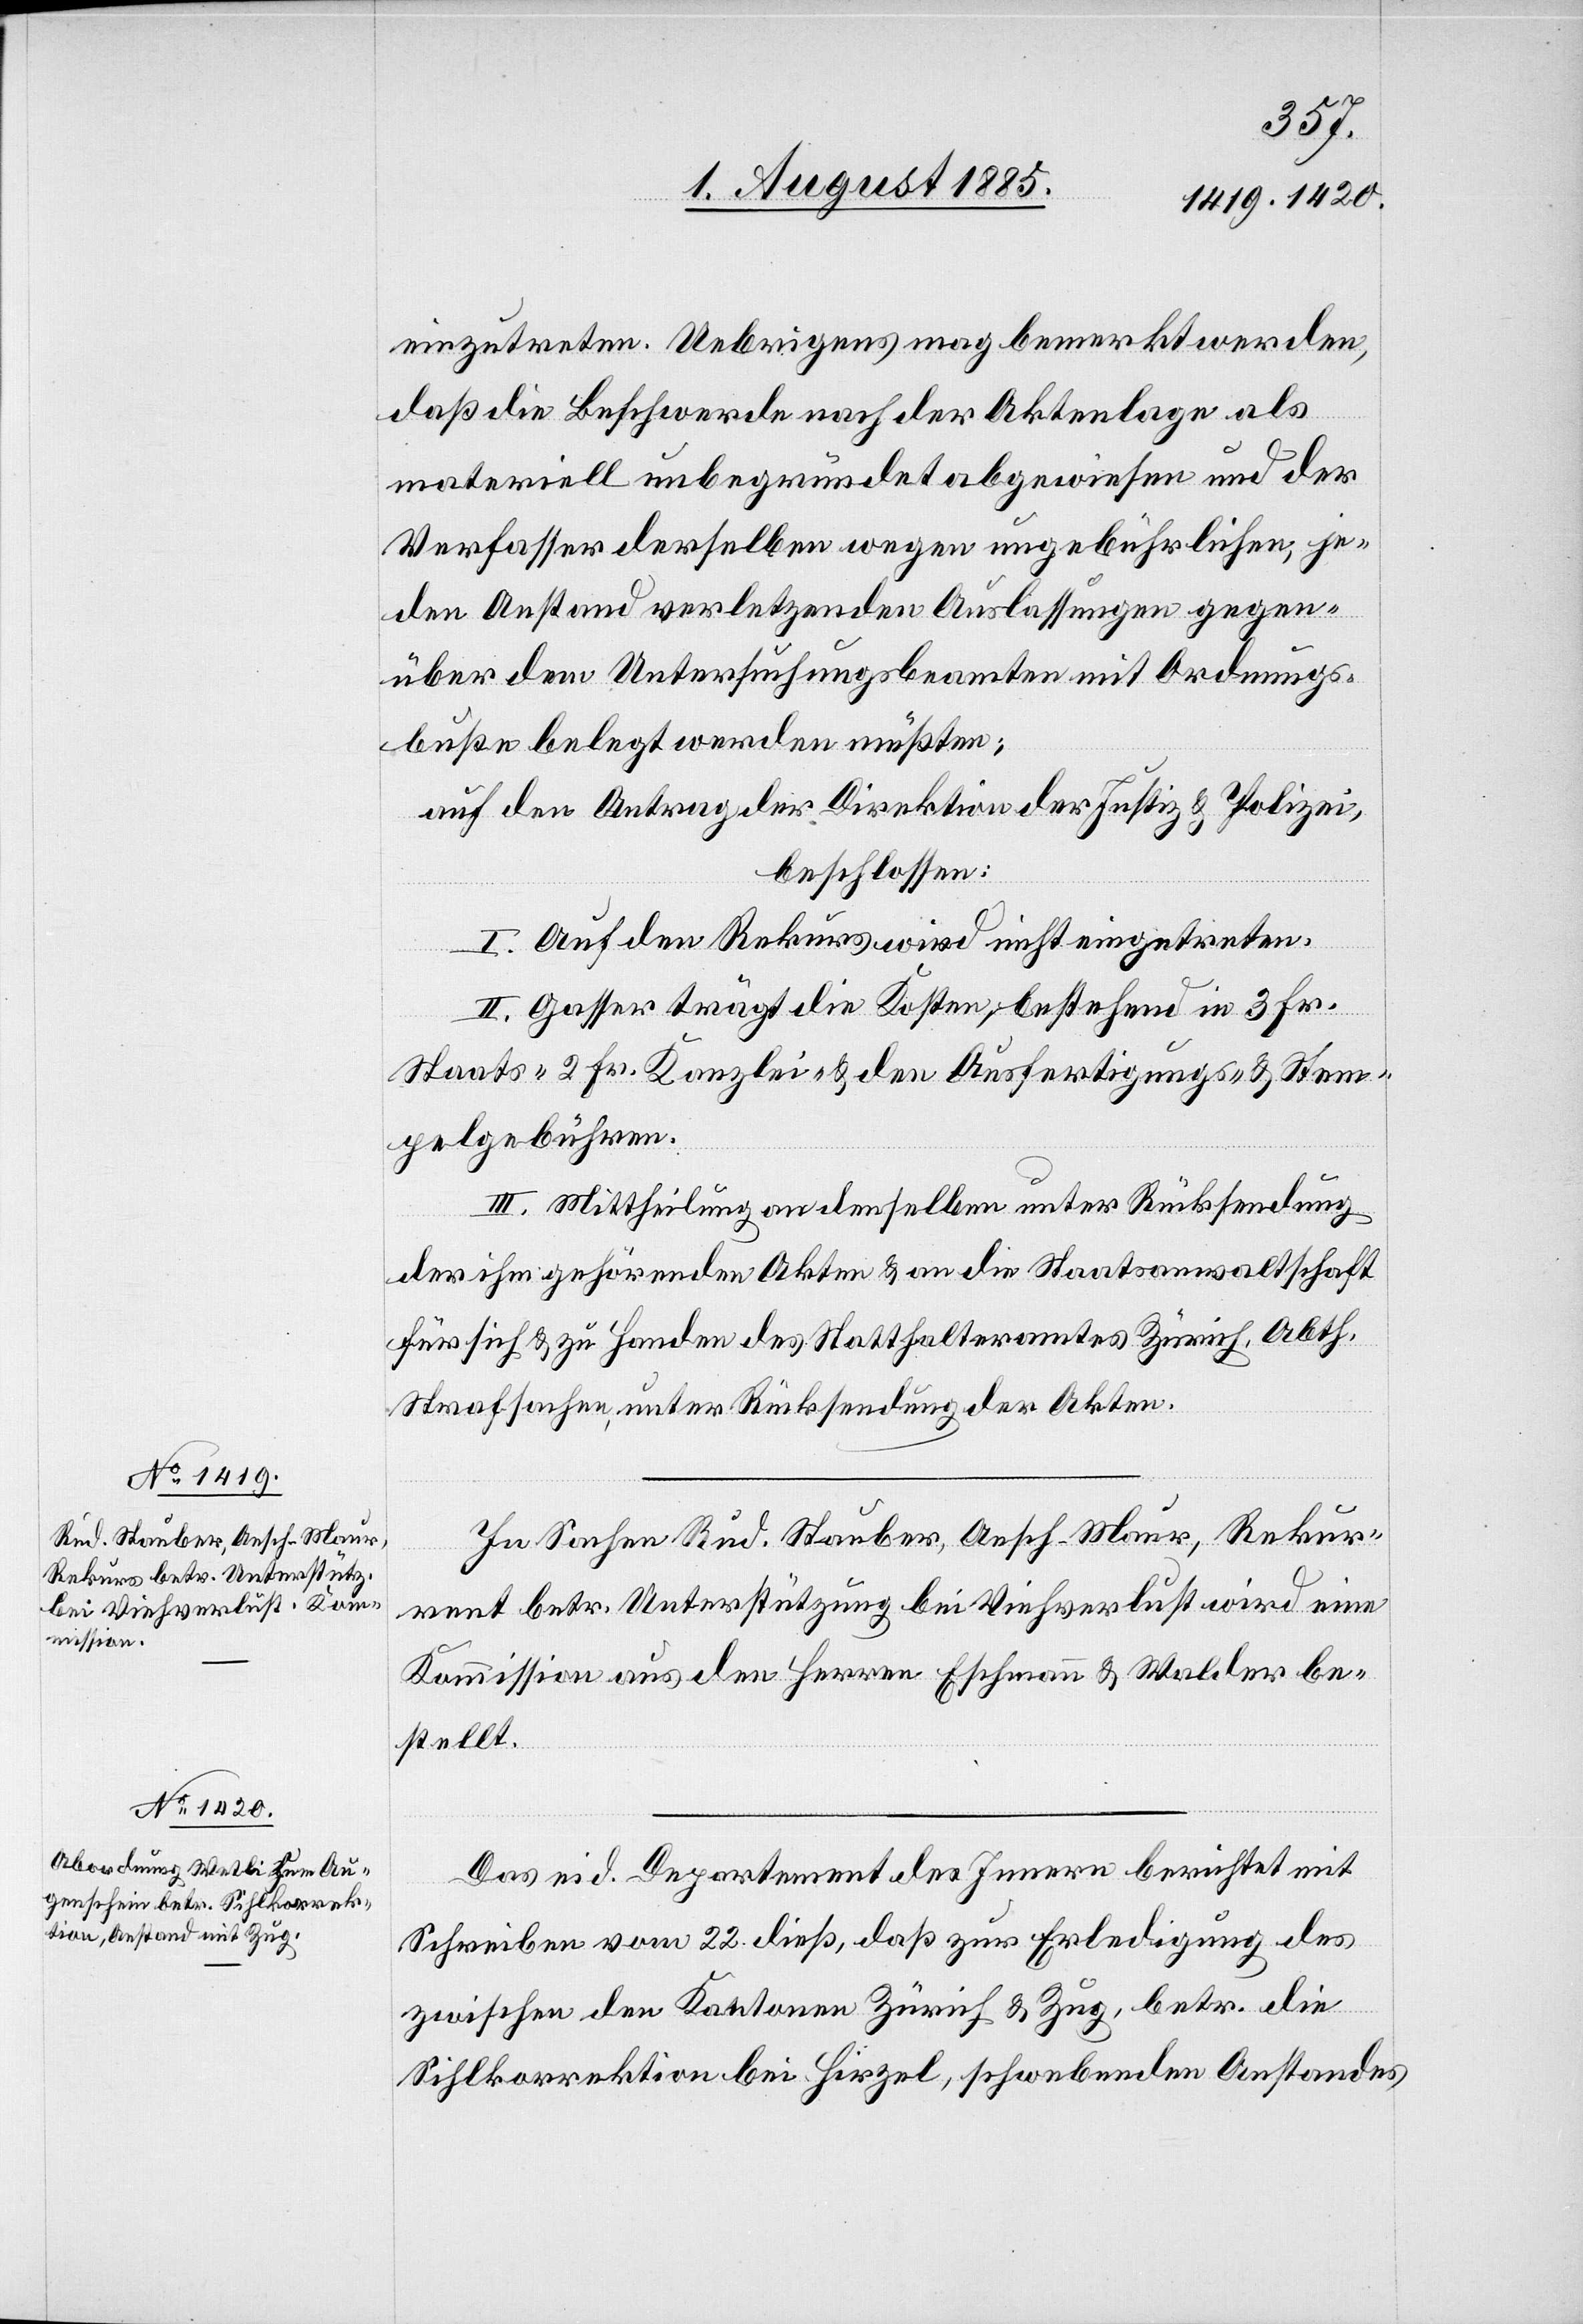
einzutreten. Uebrigens mag bemerkt werden,
daß die Beschwerde nach der Aktenlage als
materiell unbegründete abgewiesen und der
Verfasser derselben wegen ungebührlichen, je¬
den Anstand verletzenden Auslassungen gegen¬
über dem Untersuchungsbeamten mit Ordnungs¬
buße belegt werden müßten;
auf den Antrag der Direktion der Justiz & Polizei,
beschlossen:
I. Auf den Rekurs wird nicht eingetreten.
II. Gasser trägt die Kosten, bestehend in 3 Fr.
Staats-[,] 2 Fr. Kanzlei- & den Ausfertigungs- & Stem¬
pelgebühren.
III. Mittheilung an denselben unter Rücksendung
der ihm gehörenden Akten & an die Staatsanwaltschaft
für sich & zu Handen des Statthalteramtes Zürich, Abth.
Strafsachen, unter Rücksendung der Akten.
In Sachen Rud. Stauber, Aesch - Maur, Rekur¬
rent betr. Unterstützung bei Viehverlust wird eine
Kommission aus den Herren Eschmann & Walder be¬
stellt.
Das eid. Departement des Innern berichtet mit
Schreiben vom 22. dieß, daß zur Erledigung des
zwischen den Kantonen Zürich & Zug, betr. die
Sihlkorrektion bei Hirzel, schwebenden Anstandes